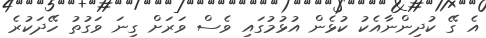
އެ ގޭ ކުދިންނާއެކު ކުޅެން އުޅުމުގައި ވެސް ވަރަށް ގިނަ ވަގުތު ހޭދަކުރެ